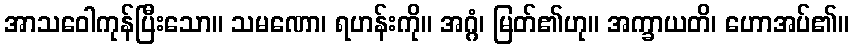
အာသဝေါကုန်ပြီးသော။ သမဏော၊ ရဟန်းကို။ အဂ္ဂံ၊ မြတ်၏ဟု။ အက္ခာယတိ၊ ဟောအပ်၏။